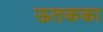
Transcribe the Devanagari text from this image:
ऊतकका